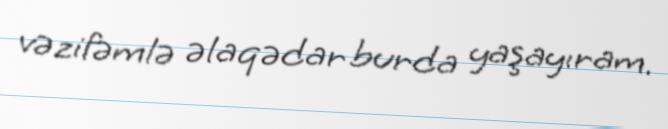
vəzifəmlə əlaqədar burda yaşayıram.